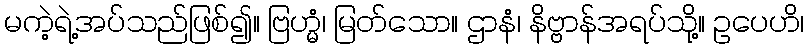
မကဲ့ရဲ့အပ်သည်ဖြစ်၍။ ဗြဟ္မံ၊ မြတ်သော။ ဌာနံ၊ နိဗ္ဗာန်အရပ်သို့။ ဥပေဟိ၊